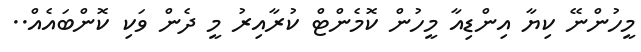
މީހުންނޭ ކިޔާ އިންޑިއާ މީހުން ކޮމެންޓް ކުރާއިރު މީ ދެން ވަކި ކޮންބައެއް..